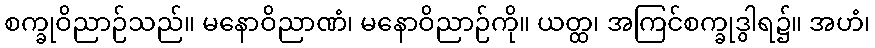
စက္ခုဝိညာဉ်သည်။ မနောဝိညာဏံ၊ မနောဝိညာဉ်ကို။ ယတ္ထ၊ အကြင်စက္ခုဒွါရ၌။ အဟံ၊